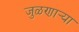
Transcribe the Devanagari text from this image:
जुळणार्‍या